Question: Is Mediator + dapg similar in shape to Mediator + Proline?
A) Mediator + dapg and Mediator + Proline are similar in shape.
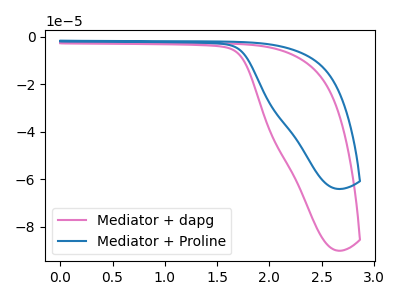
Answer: <think>The pink curve "Mediator + dapg" has no peaks. The blue curve "Mediator + Proline" has no peaks.
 Neither "Mediator + dapg" or "Mediator + Proline" have any peaks.</think>
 <answer>A) "Mediator + dapg" and "Mediator + Proline" are similar in shape.</answer>
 <eval>A</eval>